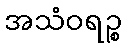
အသံဝရဉ္စ